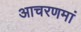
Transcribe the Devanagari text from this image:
आचरणमां